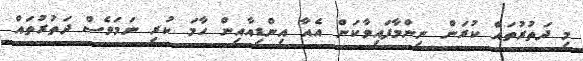
މި ދަތުރުތައް ކުރަން ނިންމާފައިވާކަން އެއާ އިންޑިއާއިން ހާމަ ކުރި ނަމަވެސް ދަތުރުތައް